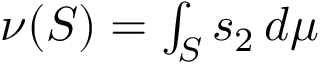
\textstyle \nu ( S ) = \int _ { S } s _ { 2 } \, d \mu